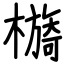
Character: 檹